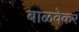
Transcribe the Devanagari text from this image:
बाळवेकर